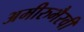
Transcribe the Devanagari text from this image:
अमीरुभैरवी